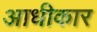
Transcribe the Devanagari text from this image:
आधीकार